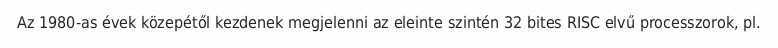
Az 1980-as évek közepétől kezdenek megjelenni az eleinte szintén 32 bites RISC elvű processzorok, pl.